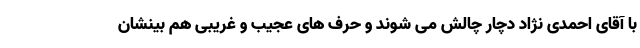
با آقای احمدی نژاد دچار چالش می شوند و حرف های عجیب و غریبی هم بینشان